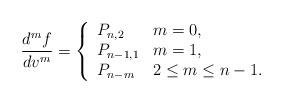
LaTeX: \begin{align*} \frac{d^mf}{dv^m}=\left\{ \begin{array}{ll} P_{n,2} & m=0,\\ P_{n-1,1} & m=1,\\ P_{n-m} & 2\leq m\leq n-1. \end{array}\right.\end{align*}